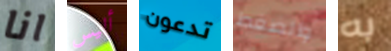
انا أليس تدعون والضغط به